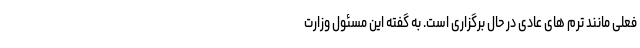
فعلی مانند ترم های عادی در حال برگزاری است. به گفته این مسئول وزارت